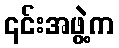
၎င်းအဖွဲ့က